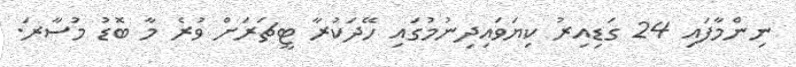
ނިންމާފައި 24 ގަޑިއިރު ކިޔަވައިދިނުމުގައި ހޭދަކުރާ ޓީޗަރަށް ވުރެ މާ ބޮޑު މުސާރަ.